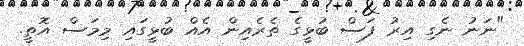
"ނަނު ނެގި އިރު ފަސް ބުޅީގެ ތެރެއިން އެއް ބުޅީގައި މިމަސް އޮތީ.